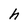
Character: h